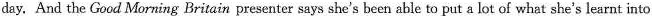
day. And the Good Morning Britain presenter says she's been able to put a lot of what she's learnt into